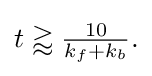
{\textstyle t\gtrapprox {\frac {10}{k_{f}+k_{b}}}.}